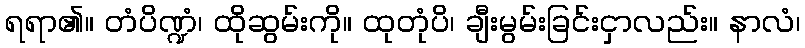
ရရာ၏။ တံပိဏ္ဍံ၊ ထိုဆွမ်းကို။ ထုတုံပိ၊ ချီးမွမ်းခြင်းငှာလည်း။ နာလံ၊